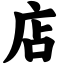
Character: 店